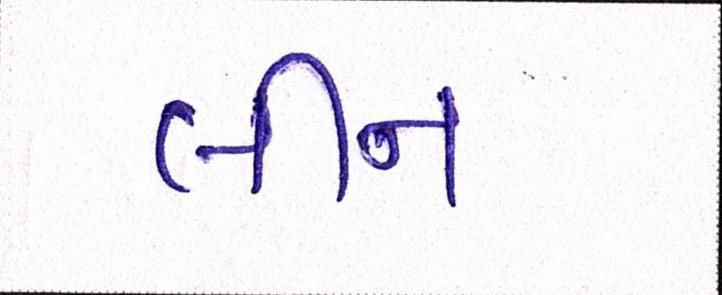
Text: લીન